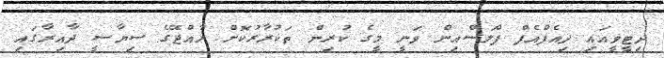
ދިޓީވީއައި ދިއެފްއެފް ޕްލަސްއިން ވަނީ މީގެ ކުރިން ތަކުރާރުކޮށް ރާއްޖޭގެ ސިޔާސީ ދާއިރާގައި